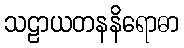
သဠာယတနနိရောဓာ